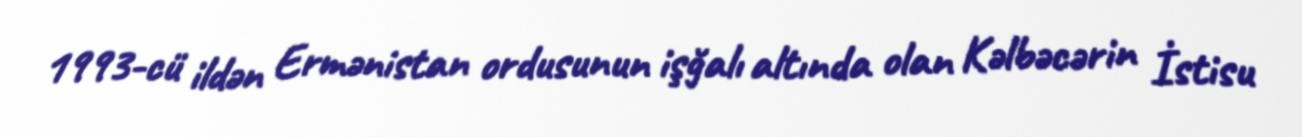
1993-cü ildən Ermənistan ordusunun işğalı altında olan Kəlbəcərin İstisu